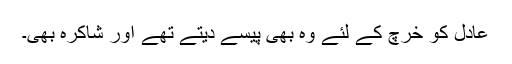
عادل کو خرچ کے لئے وہ بھی پیسے دیتے تھے اور شاکرہ بھی۔